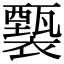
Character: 𧞙